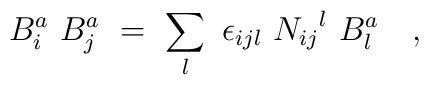
{B}_i^a \ {B}_j^a \ = \ \sum_l \ \epsilon_{ijl} \ {N_{ij}}^l \ {B}_l^a\quad ,